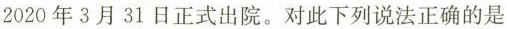
2020年3月31日正式出院。对此下列说法正确的是